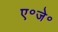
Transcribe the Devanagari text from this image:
ए॰जे॰